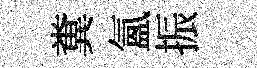
糞氳振